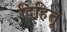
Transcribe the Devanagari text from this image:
दिहितू